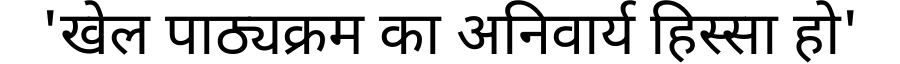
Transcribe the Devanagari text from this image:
'खेल पाठ्यक्रम का अनिवार्य हिस्सा हो'